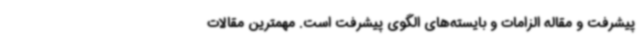
پیشرفت و مقاله الزامات و بایسته‌های الگوی پیشرفت است. مهمترین مقالات